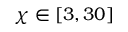
\chi \in [ 3 , 3 0 ]